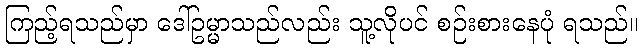
ကြည့်ရသည်မှာ ဒေါ်ဥမ္မာသည်လည်း သူ့လိုပင် စဉ်းစားနေပုံ ရသည်။